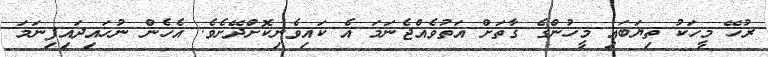
ރުހޭ މީހަކު ތިޔަބައި މީހުންގެ ގާތަށް އަތުވެއްޖެނަމަ އެ ކައިވެނިކޮށްދޭށެވެ. އެހެން ނުހައިދައިފިނަމަ